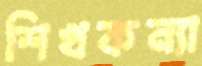
শিখকন্যা